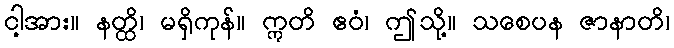
ငါ့အား။ နတ္ထိ၊ မရှိကုန်။ ဣတိ ဧဝံ၊ ဤသို့။ သစေပန ဇာနာတိ၊